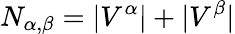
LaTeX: N_{\alpha,\beta}=|V^{\alpha}|+|V^{\beta}|